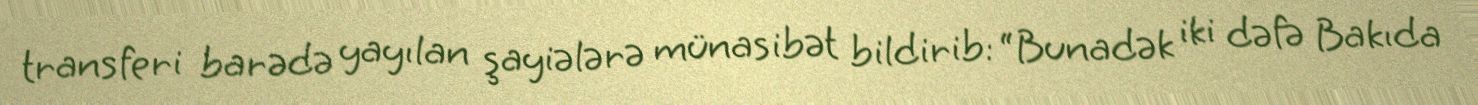
transferi barədə yayılan şayiələrə münasibət bildirib: “Bunadək iki dəfə Bakıda